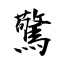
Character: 驚